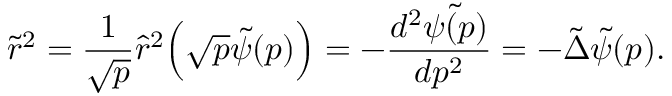
\tilde { r } ^ { 2 } = \frac { 1 } { \sqrt { p } } \hat { r } ^ { 2 } \Bigl ( \sqrt { p } \tilde { \psi } ( p ) \Bigr ) = - \frac { d ^ { 2 } \tilde { \psi ( p ) } } { d p ^ { 2 } } = - \tilde { \Delta } \tilde { \psi } ( p ) .